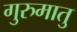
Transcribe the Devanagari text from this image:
गुरुमातु